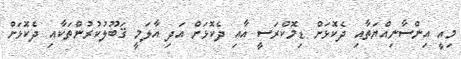
މިއީ އިންސާނިއްޔަތާއި ދެކޮޅަށް ޑިމޮކްރަސީ އާއި ދެކޮޅަށް އަދި އާލަމީ ޤަބޫލުކުރުންތަކާއި ދެކޮޅަށް